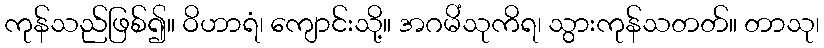
ကုန်သည်ဖြစ်၍။ ဝိဟာရံ၊ ကျောင်းသို့။ အဂမိံသုကိရ၊ သွားကုန်သတတ်။ တာသု၊